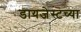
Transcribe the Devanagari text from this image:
डायजेस्टच्या